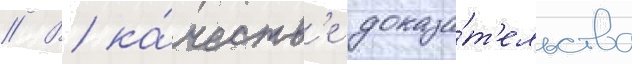
// В ка́честв'е доказа́т'ельства